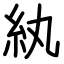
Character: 紈